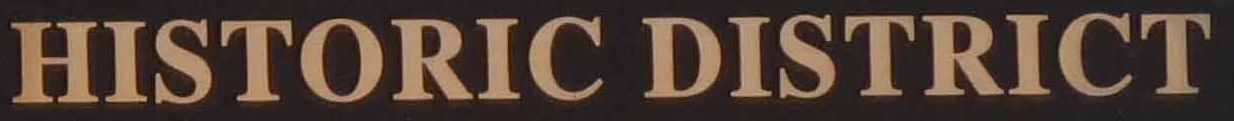
HISTORIC DISTRICT